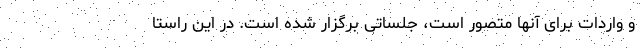
و واردات برای آنها متصور است، جلساتی برگزار شده است. در این راستا